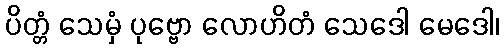
ပိတ္တံ သေမှံ ပုဗ္ဗော လောဟိတံ သေဒေါ မေဒေါ၊